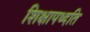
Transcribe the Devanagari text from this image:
शिक्षापध्दति